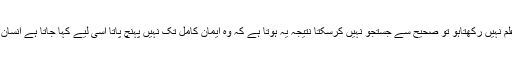
علم اور آگاہی ایمان کے لیے زمینہ فراہم کرتی ہے اگر انسان اس جھان کے بارے میں علم نہیں رکھتاہو تو صحیح سے جستجو نہیں کرسکتا نتیجہ یہ ہوتا ہے کہ وہ ایمان کامل تک نہیں پہنچ پاتا اسی لیے کہا جاتا ہے انسان کا علم کسی چیز کے بارے میں جتنا زیادہ ہو اتنا ہی اس کے اندر مثبت اثر پیدا ہوتا ہے۔